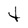
Character: t